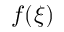
f ( \xi )